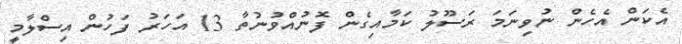
އެކަން އެހެން ނުވިނަމަ ރަސޫލު ކަމާއިގެން ފޮނުއްވުނުތާ 13 އަހަރު ފަހުން އިސްލާމީ